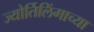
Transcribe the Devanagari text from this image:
ज्‍योर्तिलिंगाच्‍या